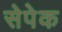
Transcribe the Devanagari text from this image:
सेपेक